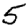
Digit: 5